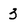
Character: 3